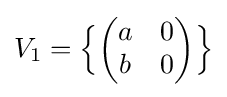
V_{1}={\Bigl \{}{\begin{pmatrix}a&0\\b&0\end{pmatrix}}{\Bigr \}}